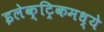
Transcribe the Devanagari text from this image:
इलेक्ट्रिकमध्ये